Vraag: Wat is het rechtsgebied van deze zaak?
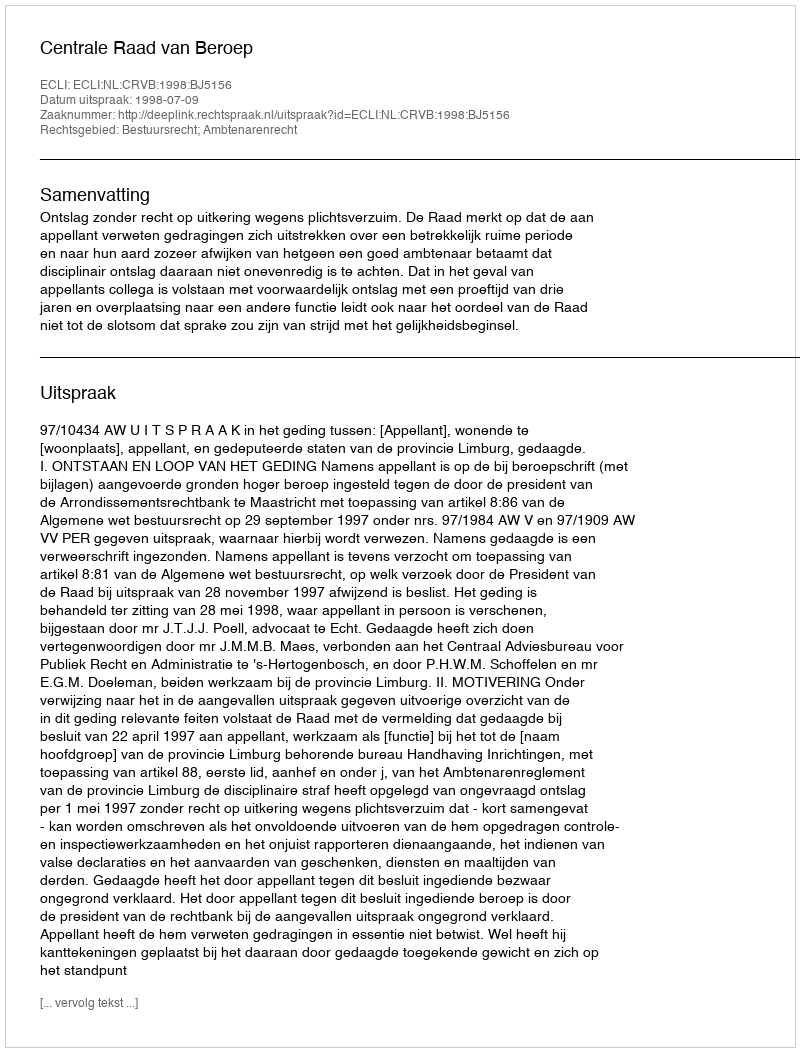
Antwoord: Bestuursrecht; Ambtenarenrecht